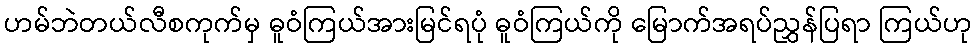
ဟမ်ဘဲတယ်လီစကုက်မှ ဓူဝံကြယ်အားမြင်ရပုံ ဓူဝံကြယ်ကို မြောက်အရပ်ညွှန်ပြရာ ကြယ်ဟု